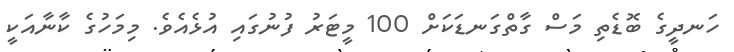
ހަނދީގެ ބޮޑެތި މަސް ގާތްގަނޑަކަށް 100 މީޓަރު ފުނުގައި އުޅެއެވެ. މިމަހުގެ ކާނާއަކީ